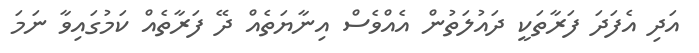
އަދި އެފަދަ ފަރާތަކީ ދައުލަތުން އެއްވެސް އިނާޔަތެއް ދޭ ފަރާތެއް ކަމުގައިވާ ނަމަ